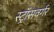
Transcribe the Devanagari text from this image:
स्ट्रॉसवर्गर